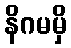
နိဂမမှိ